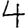
Digit: 4